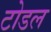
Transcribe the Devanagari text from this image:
टोडल